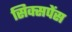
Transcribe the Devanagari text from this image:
सिक्सपेंस